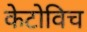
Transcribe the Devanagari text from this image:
केटोविच